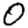
Digit: 0